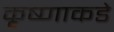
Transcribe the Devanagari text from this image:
कृष्णाकडे